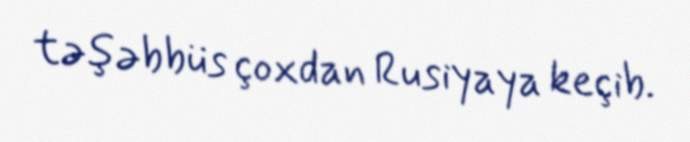
təşəbbüs çoxdan Rusiyaya keçib.